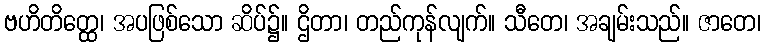
ဗဟိတိတ္ထေ၊ အပဖြစ်သော ဆိပ်၌။ ဌိတာ၊ တည်ကုန်လျက်။ သီတေ၊ အချမ်းသည်။ ဇာတေ၊